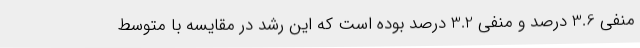
منفی 3.6 درصد و منفی 3.2 درصد بوده است که این رشد در مقایسه با متوسط